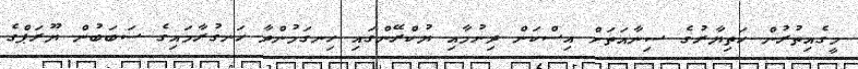
މީގެއިތުރުން ހަތިޔާރުގެ ސިނާއަތަށް އިސްކަން ދިނުމާއި ޔުކްރޭންގައި ހިނގަމުންދާ ހަނގުރާމައިގެ ސަބަބުން ޔޫރަޕްގެ